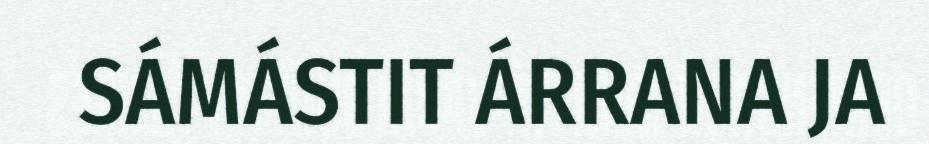
SÁMÁSTIT ÁRRANA JA